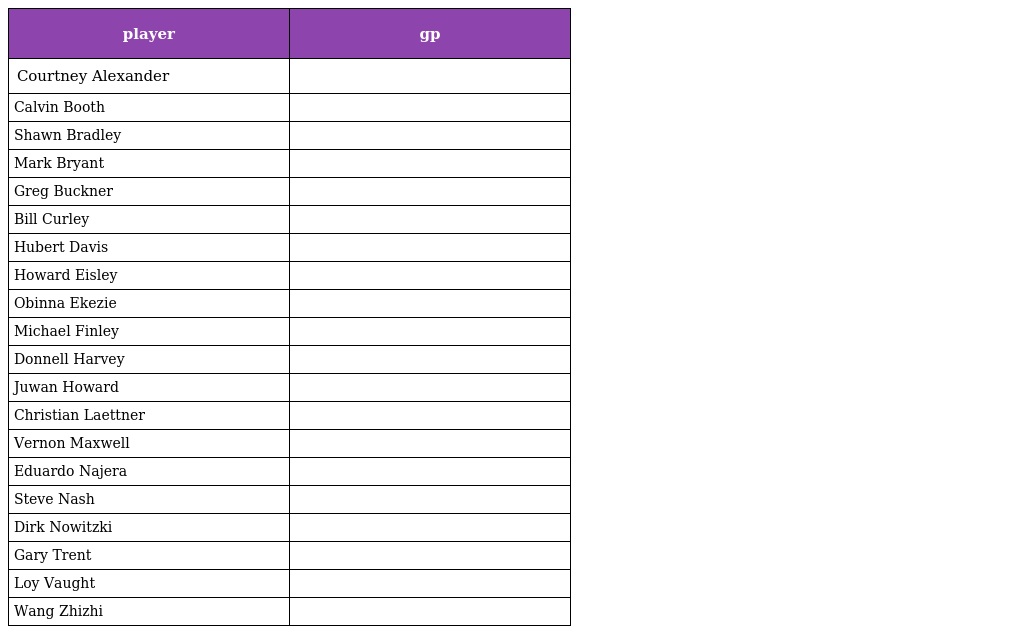
| player | gp |
 | --- | --- |
 | Courtney Alexander |  |
 | Calvin Booth |  |
 | Shawn Bradley |  |
 | Mark Bryant |  |
 | Greg Buckner |  |
 | Bill Curley |  |
 | Hubert Davis |  |
 | Howard Eisley |  |
 | Obinna Ekezie |  |
 | Michael Finley |  |
 | Donnell Harvey |  |
 | Juwan Howard |  |
 | Christian Laettner |  |
 | Vernon Maxwell |  |
 | Eduardo Najera |  |
 | Steve Nash |  |
 | Dirk Nowitzki |  |
 | Gary Trent |  |
 | Loy Vaught |  |
 | Wang Zhizhi |  |